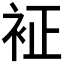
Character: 𧘿